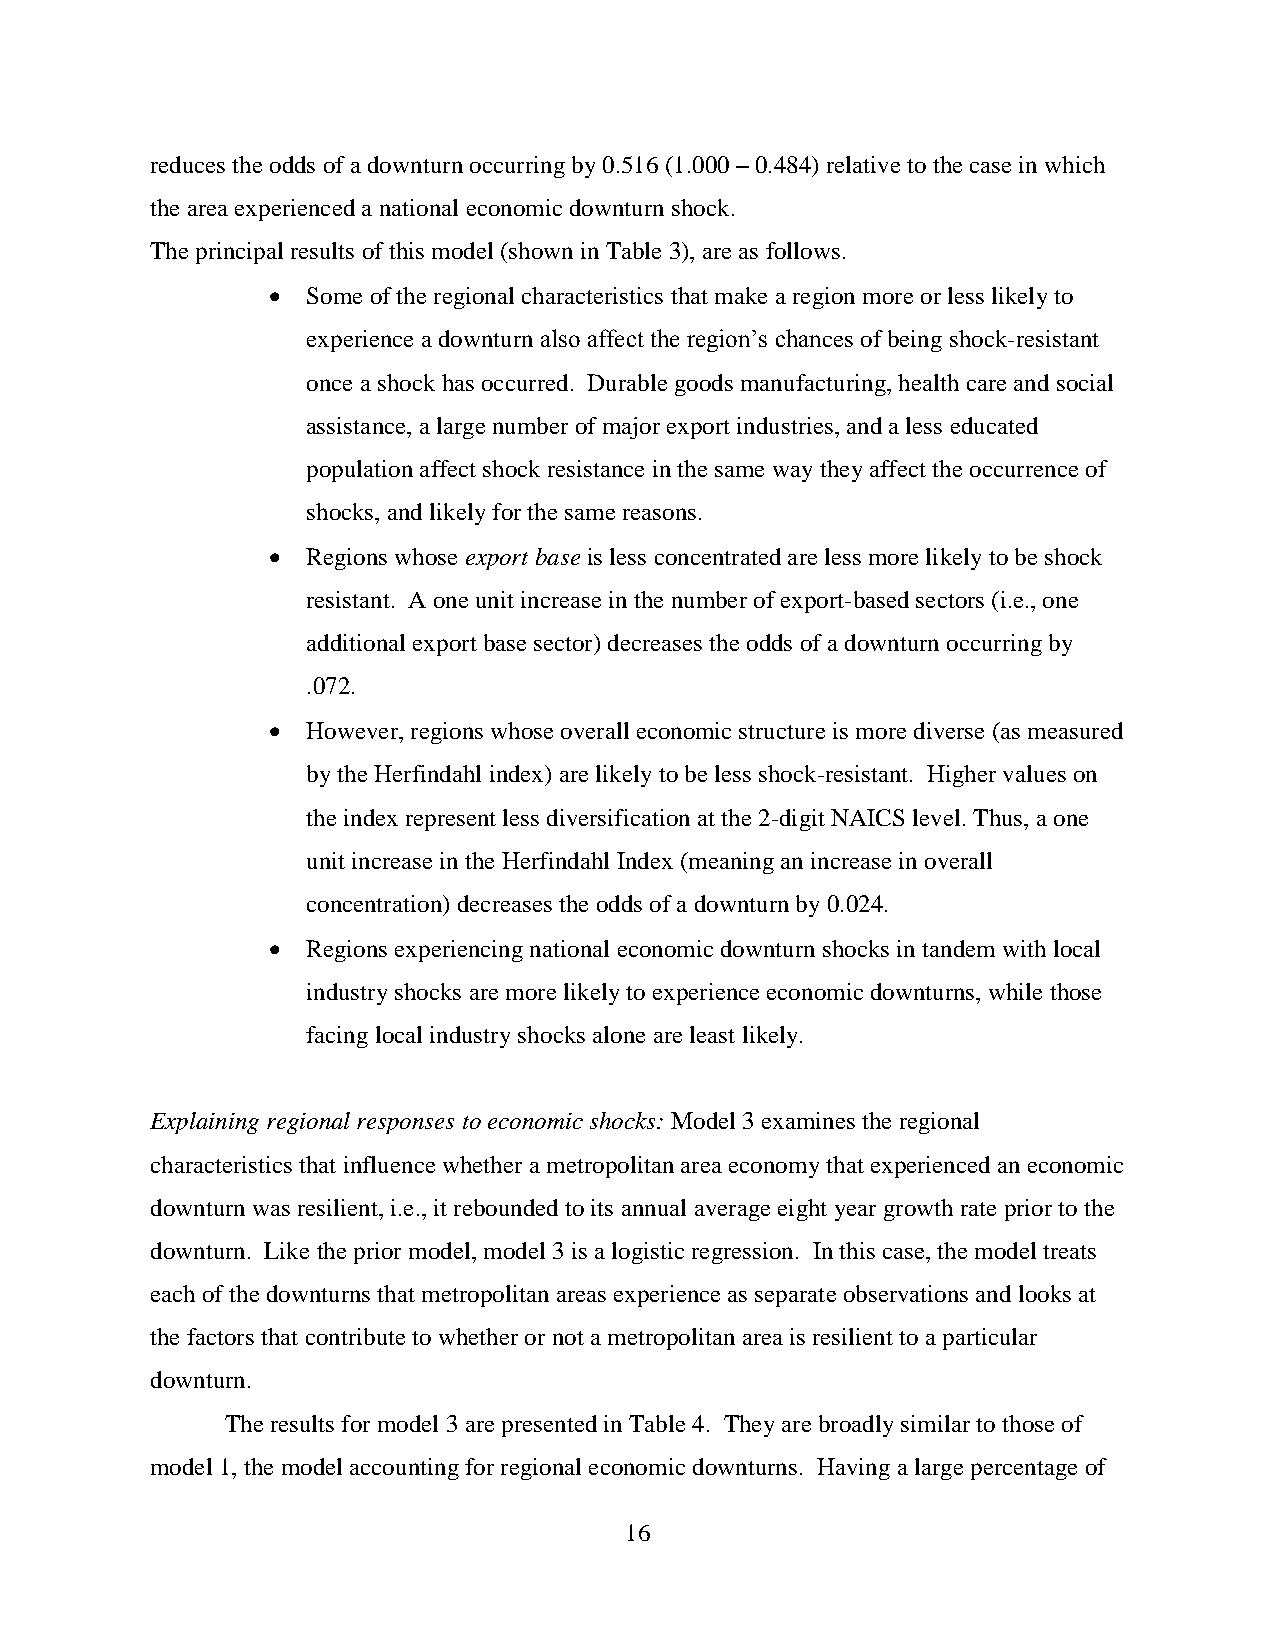
reduces the odds of a downturn occurring by 0.516 (1.000 – 0.484) relative to the case in which
 the area experienced a national economic downturn shock.
 The principal results of this model (shown in Table 3), are as follows.
  Some of the regional characteristics that make a region more or less likely to
 experience a downturn also affect the region’s chances of being shock-resistant
 once a shock has occurred. Durable goods manufacturing, health care and social
 assistance, a large number of major export industries, and a less educated
 population affect shock resistance in the same way they affect the occurrence of
 shocks, and likely for the same reasons.
  Regions whose export base is less concentrated are less more likely to be shock
 resistant. A one unit increase in the number of export-based sectors (i.e., one
 additional export base sector) decreases the odds of a downturn occurring by
 .072.
  However, regions whose overall economic structure is more diverse (as measured
 by the Herfindahl index) are likely to be less shock-resistant. Higher values on
 the index represent less diversification at the 2-digit NAICS level. Thus, a one
 unit increase in the Herfindahl Index (meaning an increase in overall
 concentration) decreases the odds of a downturn by 0.024.
  Regions experiencing national economic downturn shocks in tandem with local
 industry shocks are more likely to experience economic downturns, while those
 facing local industry shocks alone are least likely.
 Explaining regional responses to economic shocks: Model 3 examines the regional
 characteristics that influence whether a metropolitan area economy that experienced an economic
 downturn was resilient, i.e., it rebounded to its annual average eight year growth rate prior to the
 downturn. Like the prior model, model 3 is a logistic regression. In this case, the model treats
 each of the downturns that metropolitan areas experience as separate observations and looks at
 the factors that contribute to whether or not a metropolitan area is resilient to a particular
 downturn.
 The results for model 3 are presented in Table 4. They are broadly similar to those of
 model 1, the model accounting for regional economic downturns. Having a large percentage of
 16